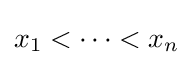
x_{1}<\cdots <x_{n}